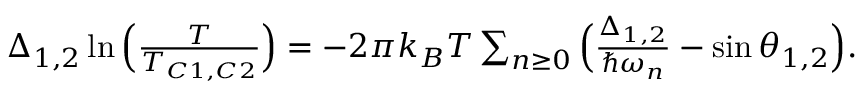
\begin{array} { r } { \Delta _ { 1 , 2 } \ln \Big ( \frac { T } { T _ { C 1 , C 2 } } \Big ) = - 2 \pi k _ { B } T \sum _ { n \geq 0 } \Big ( \frac { \Delta _ { 1 , 2 } } { \hbar \omega _ { n } } - \sin \theta _ { 1 , 2 } \Big ) . } \end{array}